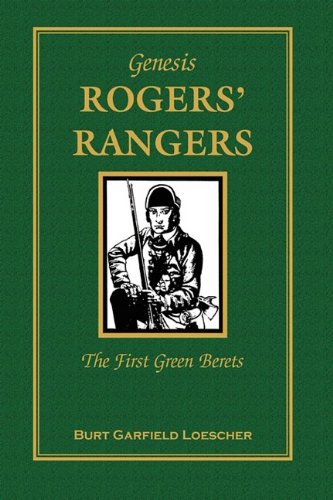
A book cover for Genesis, Rogers Rangers: The First Green Berets, The Corps & The Revivals, April 6, 1758-December 24, 1783 (A heritage classic); Burt Garfield Loescher; History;